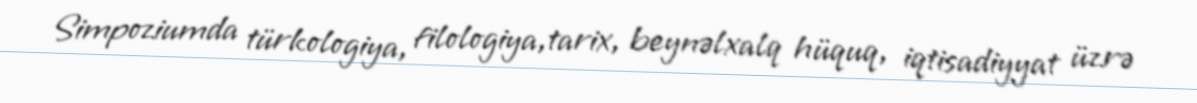
Simpoziumda türkologiya, filologiya,tarix, beynəlxalq hüquq, iqtisadiyyat üzrə